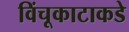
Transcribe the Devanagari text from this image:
विंचूकाटाकडे